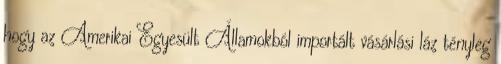
hogy az Amerikai Egyesült Államokból importált vásárlási láz tényleg